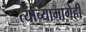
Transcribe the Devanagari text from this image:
त्याच्यामागेही